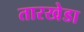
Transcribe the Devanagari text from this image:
तारखेडा